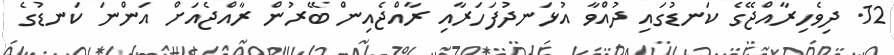
12. ދިވެހިރާއްޖޭގެ ކަނޑުގައި ދުއްވާ އުޅަނދުފަހަރާއި ރާއްޖެއިން ބޭރުން ރާއްޖެއަށް އަންނަ ކަނޑުގެ